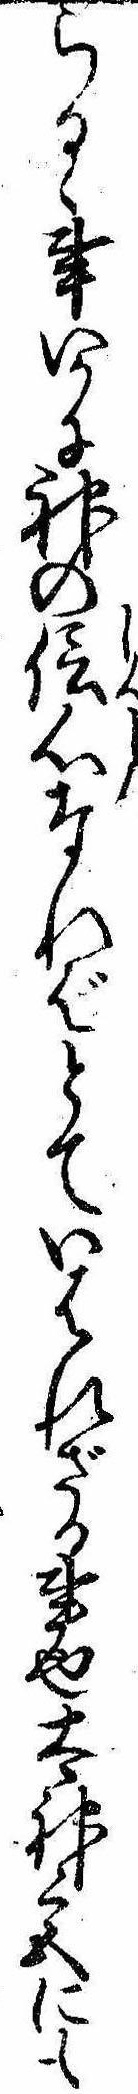
らるゝ事いかに神の信心なればとていはれざる事也太神宮にも